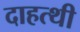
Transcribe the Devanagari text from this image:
दाहत्थी